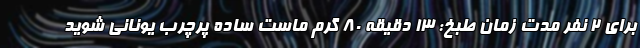
برای ۲ نفر مدت زمان طبخ: ۱۳ دقیقه ۸۰ گرم ماست ساده پرچرب یونانی شوید